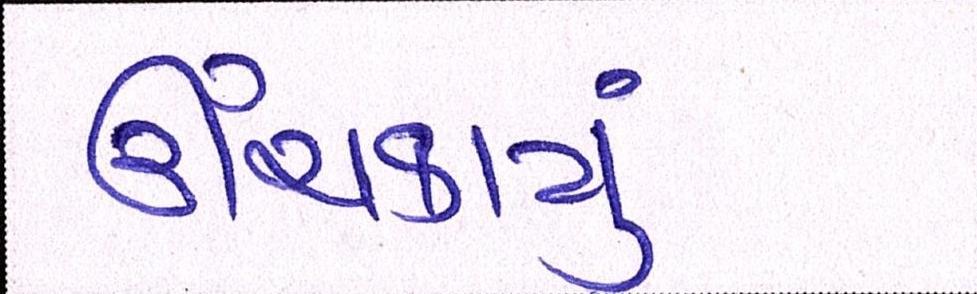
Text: ઊંચકાયું